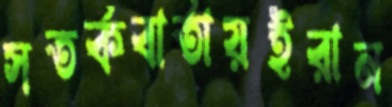
সতর্কবার্তায়ইরান